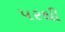
પરથી